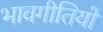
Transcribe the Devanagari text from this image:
भावगीतियों